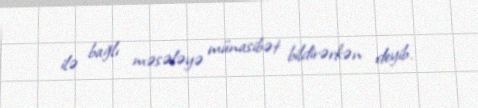
ilə bağlı məsələyə münasibət bildirərkən deyib.